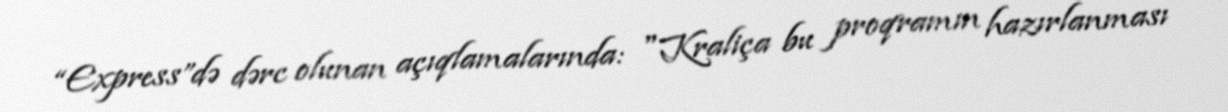
“Express”də dərc olunan açıqlamalarında: "Kraliça bu proqramın hazırlanması